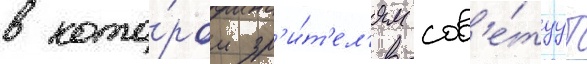
в кото́ром зр'и́т'ел'ям сов'е́туут